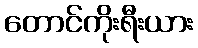
တောင်ကိုးရီးယား